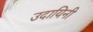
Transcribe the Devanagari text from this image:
उदायिनी